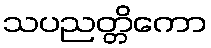
သပညတ္တိကော